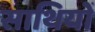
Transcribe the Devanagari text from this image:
साथियोँ